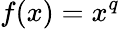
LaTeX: f(x)=x^{q}